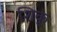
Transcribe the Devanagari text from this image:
शिकु